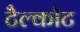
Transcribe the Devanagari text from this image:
टैल्कॉट